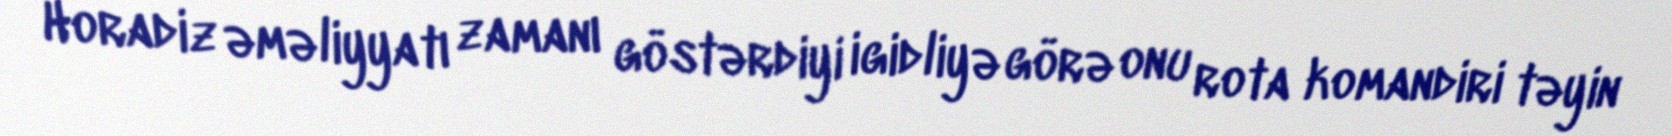
Horadiz əməliyyatı zamanı göstərdiyi igidliyə görə onu rota komandiri təyin